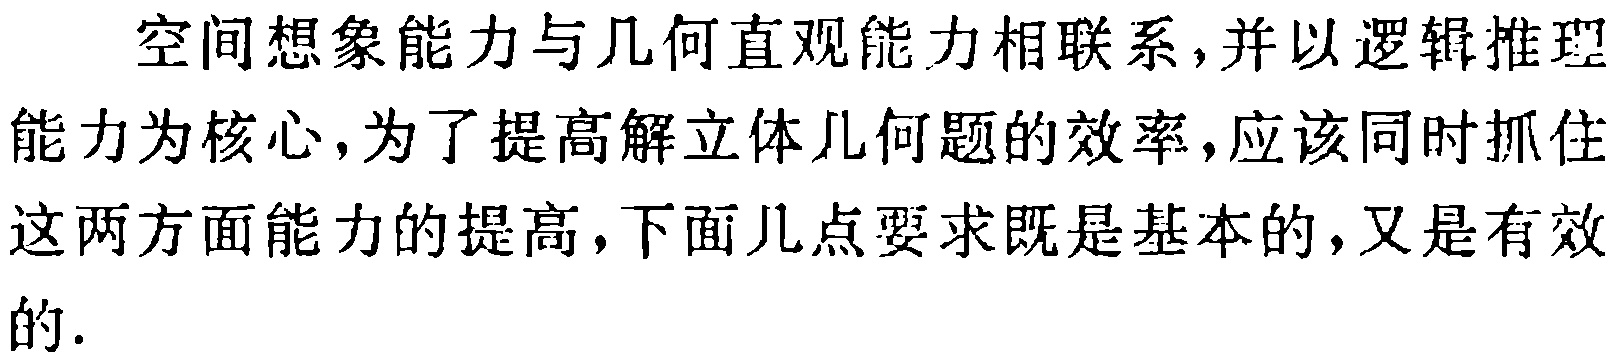
空间想象能力与几何直观能力相联系,并以逻辑推理

能力为核心,为了提高解立体几何题的效率,应该同时抓住

这两方面能力的提高,下面几点要求既是基本的,又是有效

的.